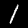
Digit: 1